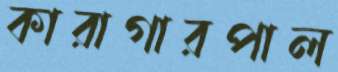
কারাগারপাল